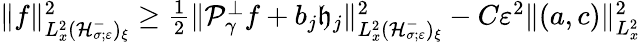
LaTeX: \begin{array}{r}{\| f\| _{L_{x}^{2}(\mathcal H_{\sigma;\varepsilon}^{-})_{\xi}}^{2}\geq\frac{1}{2}\| \mathcal P_{\gamma}^{\perp}f+b_{j}\mathfrak h_{j}\| _{L_{x}^{2}(\mathcal H_{\sigma;\varepsilon}^{-})_{\xi}}^{2}-C\varepsilon^{2}\| (a,c)\| _{L_{x}^{2}}^{2}}\end{array}